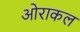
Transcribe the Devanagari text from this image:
ओराकल